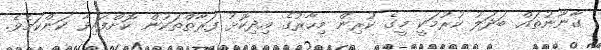
ގާނޫނުތައް ބަދަލު ކުރުމަކީ މީގެ ކުރިން މިހާރުގެ އިދިކޮޅު ފަރާތްތަކުން ކޮށްފައިވާ ކަންކަމެވެ.